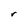
Character: r